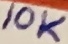
Text: 10K